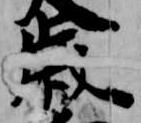
歳